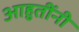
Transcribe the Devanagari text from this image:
आहुतींनी